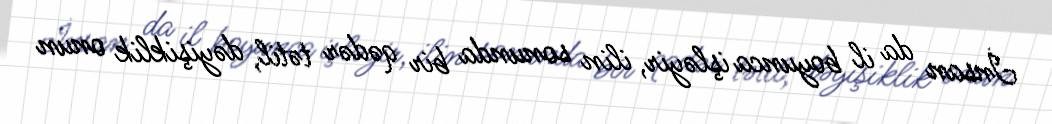
İnsan da il boyunca işləyir, ilin sonunda bir qədər tətil, dəyişiklik onun